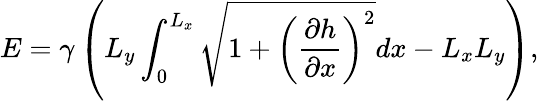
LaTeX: E=\gamma\left(L_{y}\int_{0}^{L_{x}}\sqrt{1+\left(\frac{\partial h}{\partial x}\right)^{2}}dx-L_{x}L_{y}\right),